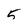
Character: 5